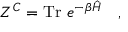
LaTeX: Z ^ { C } = \mathrm { T r } ~ e ^ { - \beta \hat { \cal H } } ~ ~ ~ ,